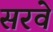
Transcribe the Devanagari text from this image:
सरवे